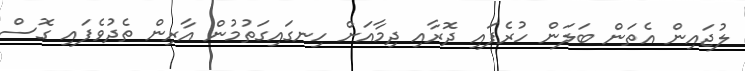
ލުޖައިން އެތަން ބަލަން ހުރެފައި ދޮރާއި ދިމާއަށް ހިނގައިގަތުމުން އާރިން ތެދުވެފައި ގޮސް